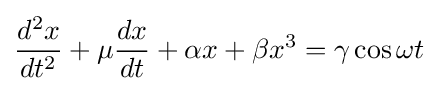
{\frac {d^{2}x}{dt^{2}}}+\mu {\frac {dx}{dt}}+\alpha x+\beta x^{3}=\gamma \cos \omega t